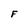
Character: F